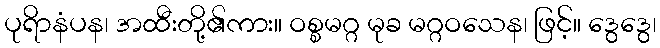
ပုရိာနံပန၊ အထီးတို့၏ကား။ ဝစ္စမဂ္ဂ မုခ မဂ္ဂဝသေန၊ ဖြင့်။ ဒွေဒွေ၊